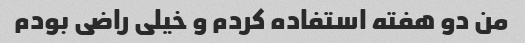
من دو هفته استفاده کردم و خیلی راضی بودم